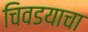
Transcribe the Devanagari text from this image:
चिवडयाचा